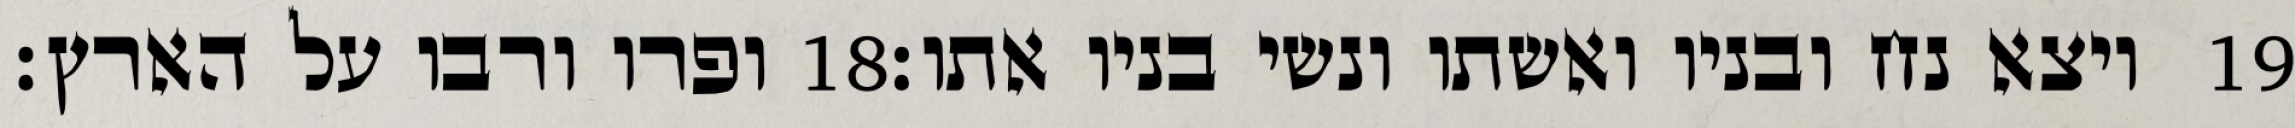
ופרו ורבו על הארץ׃ ‎18‏ ויצא נח ובניו ואשתו ונשי בניו אתו׃ ‎19‏